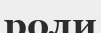
роли